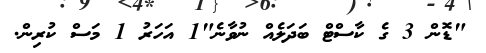
"ޑޮން 3 ގެ ކާސްޓް ބަދަލެއް ނުވާނެ"1 އަހަރު 1 މަސް ކުރިން.